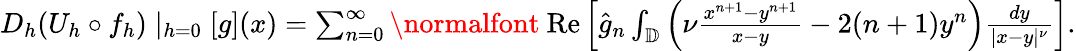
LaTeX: \begin{array}{r}{D_{h}(U_{h}\circ f_{h})\mid_{h=0}[g](x)=\sum_{n=0}^{\infty}\mathrm{\normalfont~Re}\left[\hat{g}_{n}\int_{\mathbb{D}}\left(\nu\frac{x^{n+1}-y^{n+1}}{x-y}-2(n+1)y^{n}\right)\frac{dy}{|x-y|^{\nu}}\right].}\end{array}